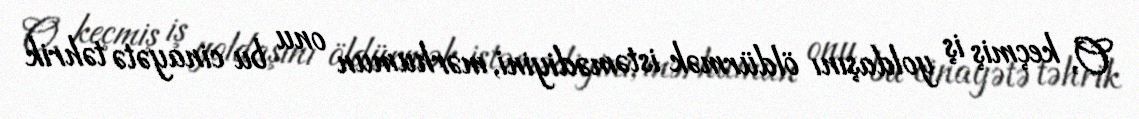
O, keçmiş iş yoldaşını öldürmək istəmədiyini, mərhumun onu bu cinayətə təhrik